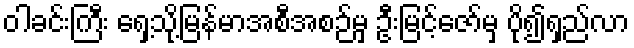
ဝါခင်းကြီး ရှေ့သို့မြန်မာအစီအစဉ်မှ ဦးမြင့်ဇော်မှ ပို၍ရှည်လာ